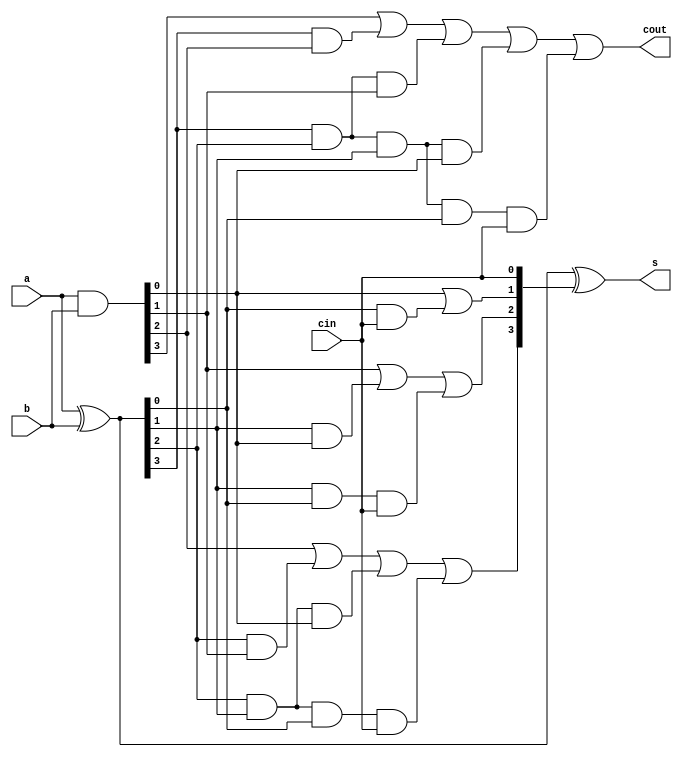
/*
	Author : Fauzan Akbar Sahri
	Carry Lookahead Adder 4 bit
*/
module cla_4bit(a,b,s,cin,cout);
	input 	cin;
	input 	[3:0] a,b;
	output [3:0] s;
	output 	cout;

	wire	[3:0] p;	//carry propagate
	wire	[3:0] g;	//carry generate
	wire	[4:0] c;	//intermediete carry

	assign p[3:0] = a[3:0]^b[3:0];
	assign g[3:0] = a[3:0]&b[3:0];

	assign c[0] = cin; 
	assign c[1] = g[0]|(p[0]&c[0]); 
	assign c[2] = g[1]|(p[1]&g[0])|(p[1]&p[0]&c[0]);
	assign c[3] = g[2]|(p[2]&g[1])|(p[2]&p[1]&g[0])|(p[2]&p[1]&p[0]&c[0]);
	assign c[4] = g[3]|(p[3]&g[2])|(p[3]&p[2]&g[1])|(p[3]&p[2]&p[1]&g[0])|(p[3]&p[2]&p[1]&p[0]&c[0]);
	
	assign s[3:0] = p[3:0]^c[3:0];
	assign cout	= c[4];
endmodule